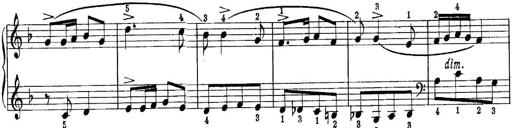
Title: Quatres sonatines
Composer: Tadeusz Joteyko